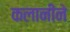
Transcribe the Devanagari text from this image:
कलानीने